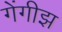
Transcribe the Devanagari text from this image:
गेंगीझ